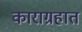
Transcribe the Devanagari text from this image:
काराग्रहात